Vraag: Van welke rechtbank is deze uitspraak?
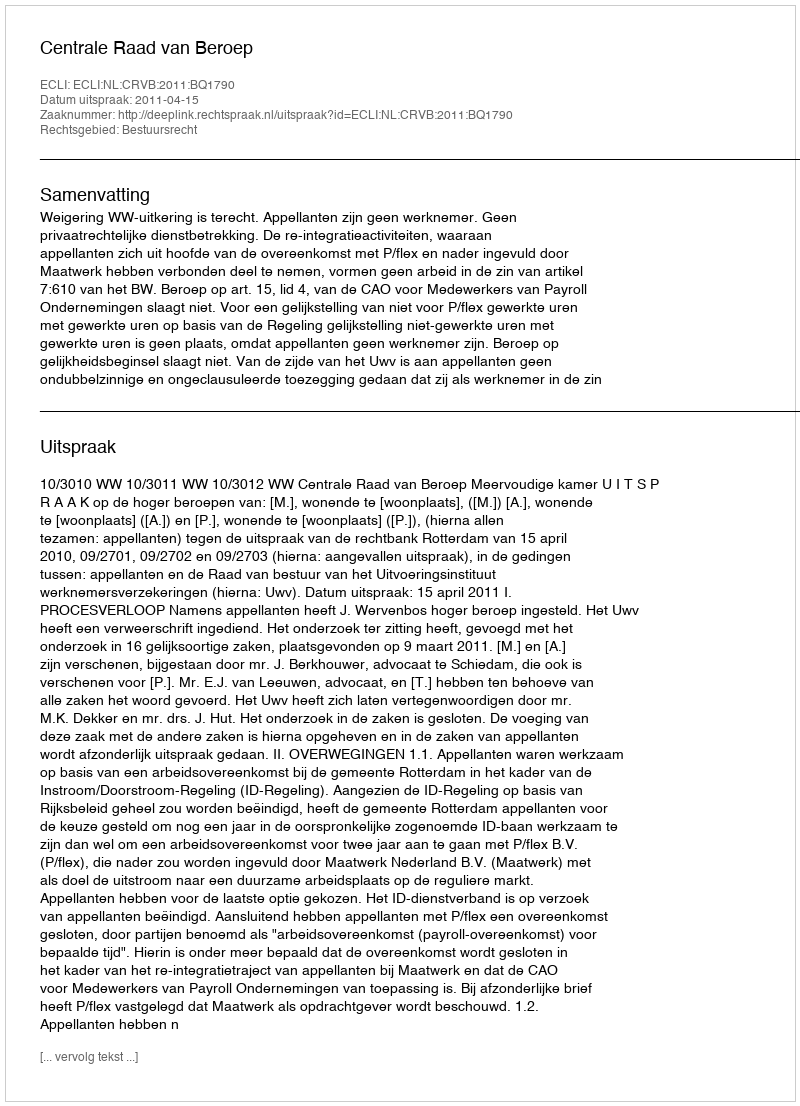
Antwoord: Centrale Raad van Beroep